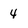
Character: 4